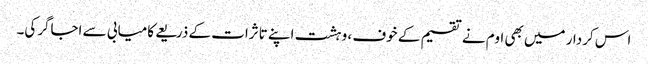
اس کردار میں بھی اوم نے تقسیم کے خوف ، وہشت اپنے تاثرات کے ذریعے کامیابی سے اجاگرکی۔